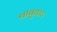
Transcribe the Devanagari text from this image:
बाबुघाट